Vaccination in the Punjab 1905-1918 - 1905-1918
Year: 1905
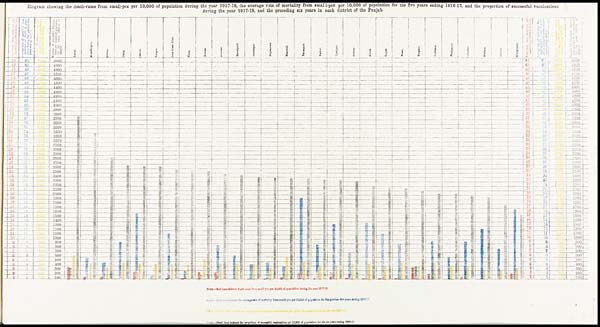
Diagram showing the death-rates from small-pox per 10,000 of population during the year 1917-18, the average rate of mortality from small-pox per 10,000 of population for the five years ending 1916-17, and the proportion of successful vaccinations
during the year 1917-18, and the preceding six years in each district of the Punjab.